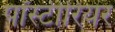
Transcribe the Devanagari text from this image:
पॉस्टीरियर